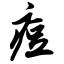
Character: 痘